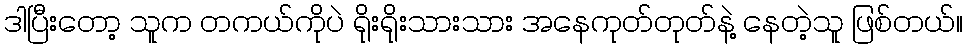
ဒါပြီးတော့ သူက တကယ်ကိုပဲ ရိုးရိုးသားသား အနေကုတ်တုတ်နဲ့ နေတဲ့သူ ဖြစ်တယ်။